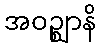
အဝဉ္ဈာနိ